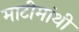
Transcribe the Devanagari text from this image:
माटीमांथी